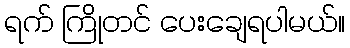
ရက် ကြိုတင် ပေးချေရပါမယ်။